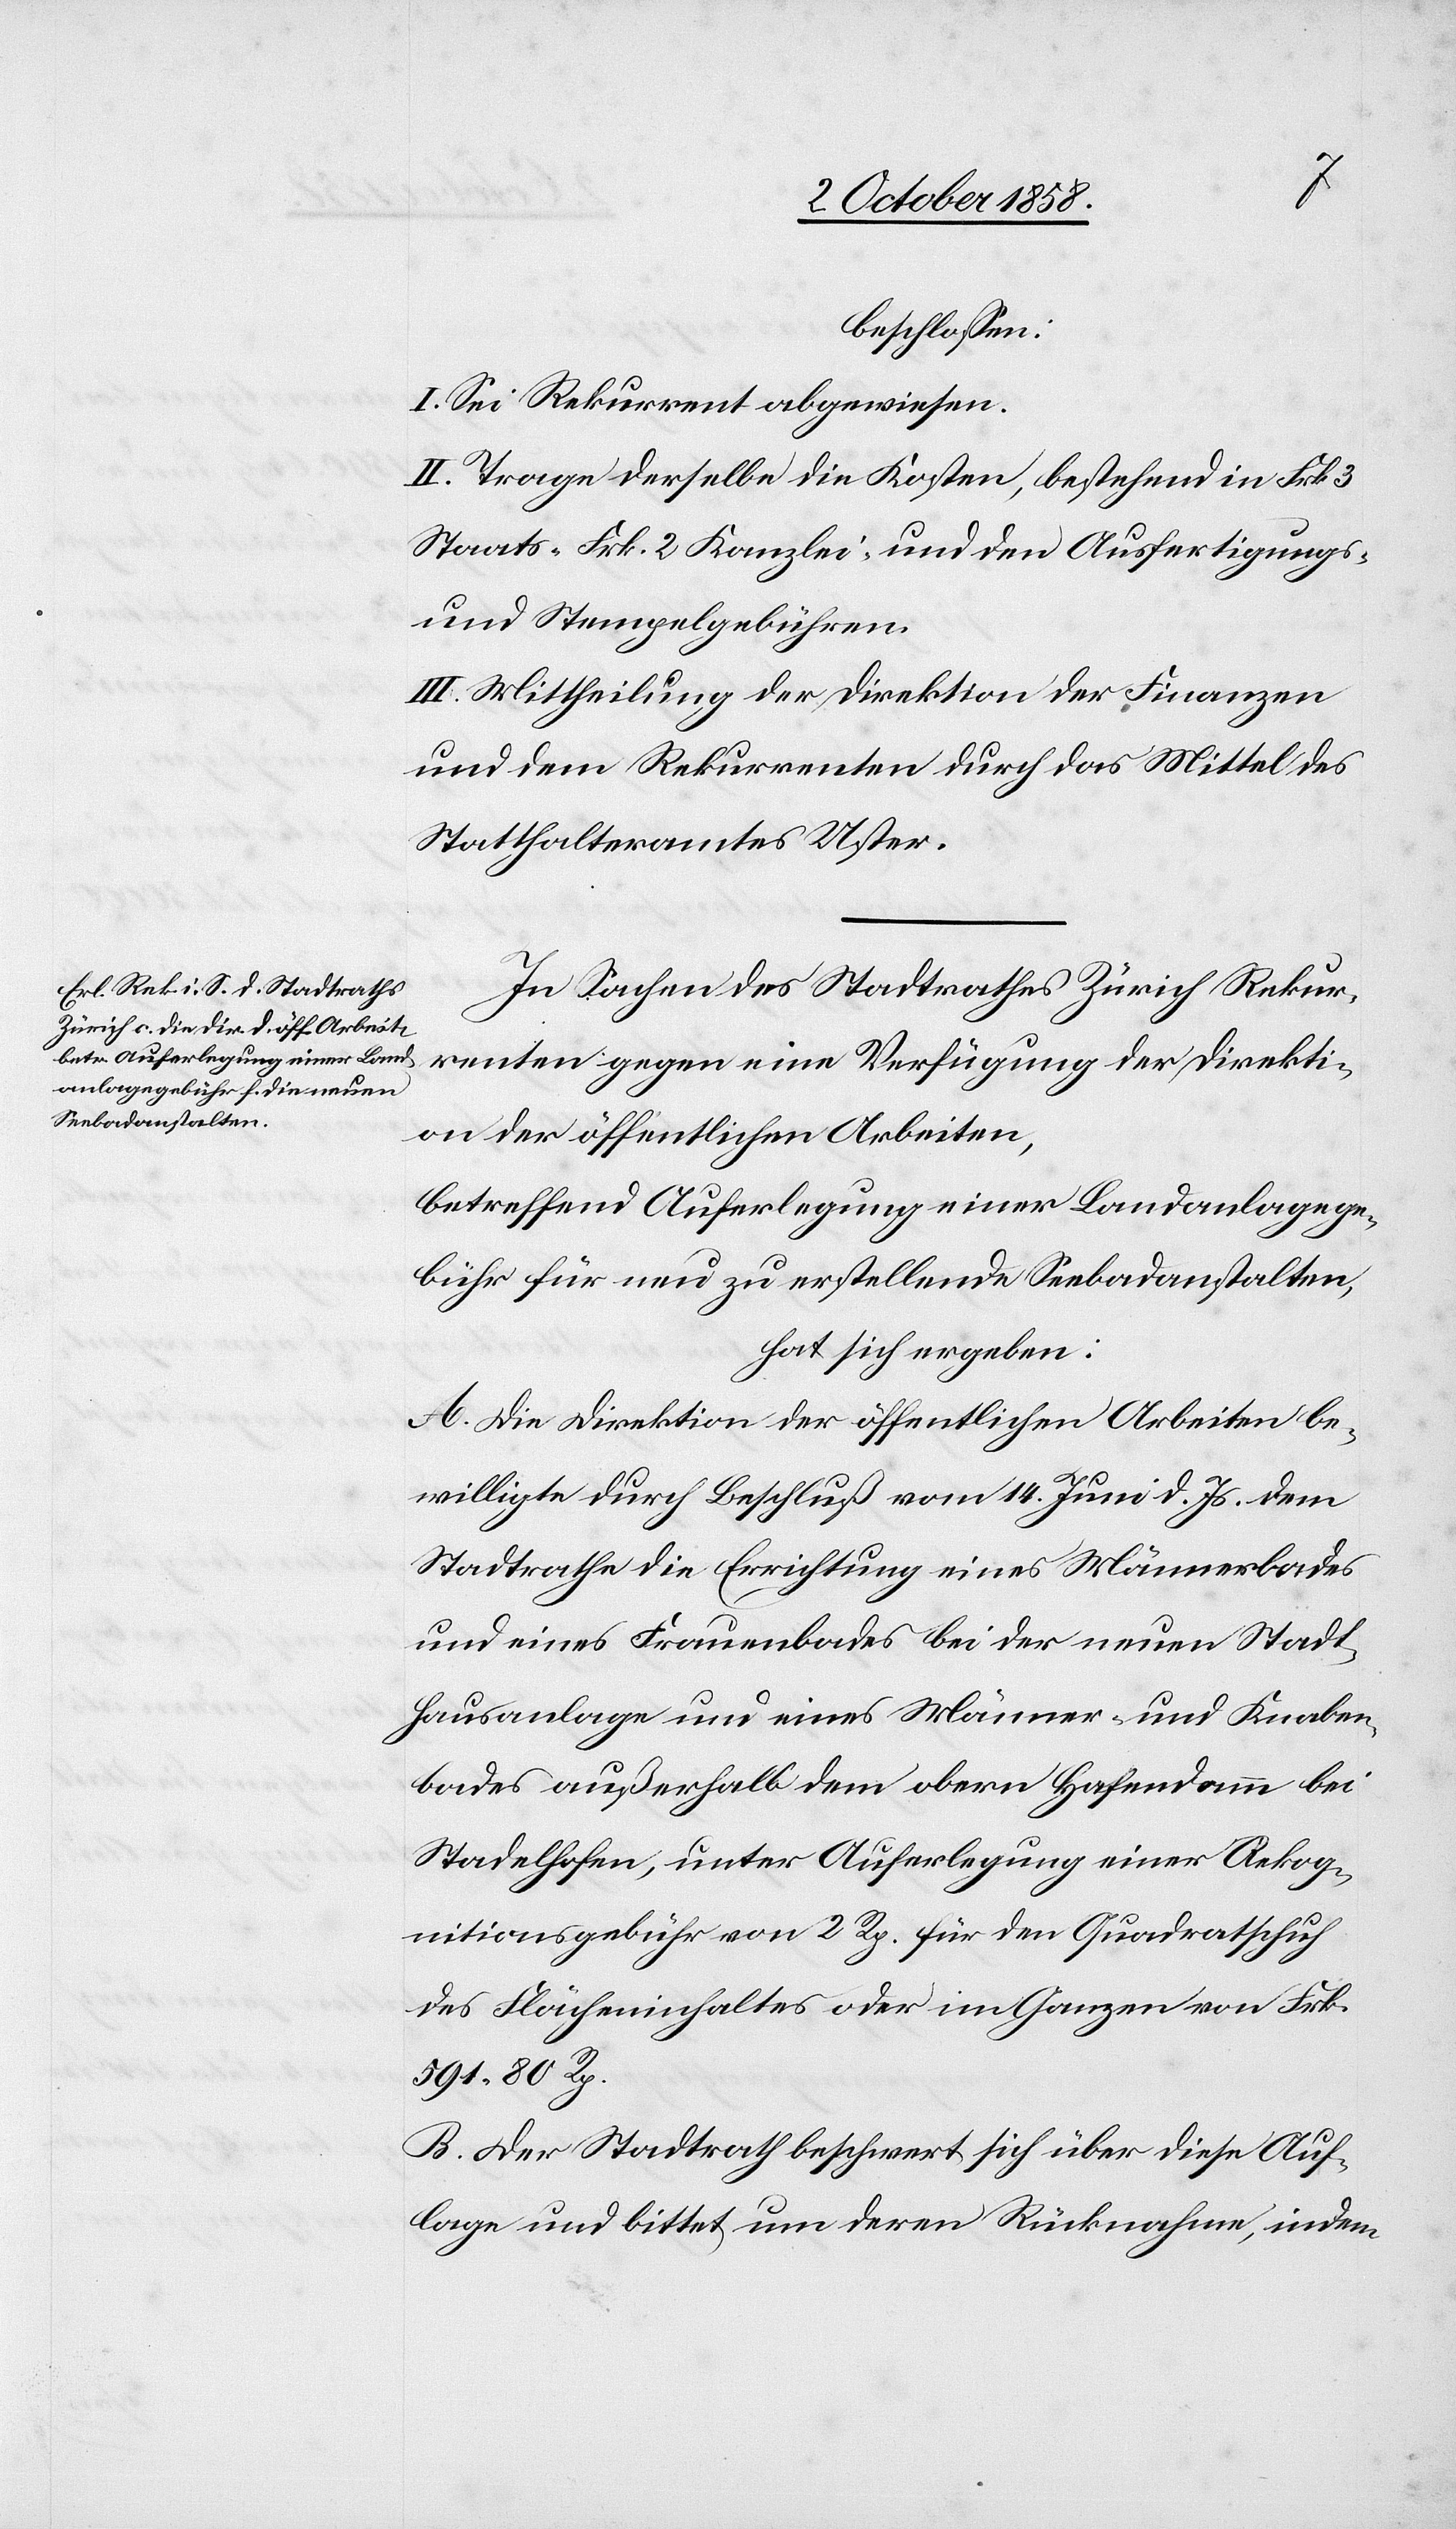
beschlossen:
I. Sei Rekurrent abgewiesen.
II. Trage derselbe die Kosten, bestehend in Frk. 3
Staats-[,] Frk. 2 Kanzlei- und den Ausfertigungs-
und Stempelgebühren.
III. Mittheilung der Direktion der Finanzen
und dem Rekurrenten durch das Mittel des
Statthalteramtes Uster.
In Sachen des Stadtrathes Zürich Rekur¬
renten gegen eine Verfügung der Direkti¬
on der öffentlichen Arbeiten,
betreffend Auferlegung einer Landanlagege¬
bühr für neu zu erstellende Seebadanstalten,
hat sich ergeben:
A. Die Direktion der öffentlichen Arbeiten be¬
willigte durch Beschluß vom 14. Juni d. Js. dem
Stadtrathe die Errichtung eines Männerbades
und eines Frauenbades bei der neuen Stadt¬
hausanlage und eines Männer- und Knaben¬
bades außerhalb dem obern Hafendamm bei
Stadelhofen, unter Auferlegung einer Rekog¬
nitionsgebühr von 2 Rp. für den Quadratschuh
des Flächeninhaltes oder im Ganzen von Frk.
591. 80 Rp.
B. Der Stadtrath beschwert sich über diese Auf¬
lage und bittet um deren Rücknahme, indem